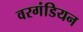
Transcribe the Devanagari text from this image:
वरगंडियन